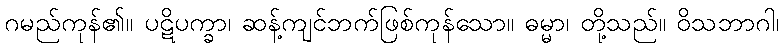
ဂမည်ကုန်၏။ ပဋိပက္ခာ၊ ဆန့်ကျင်ဘက်ဖြစ်ကုန်သော။ ဓမ္မာ၊ တို့သည်။ ဝိသဘာဂါ၊